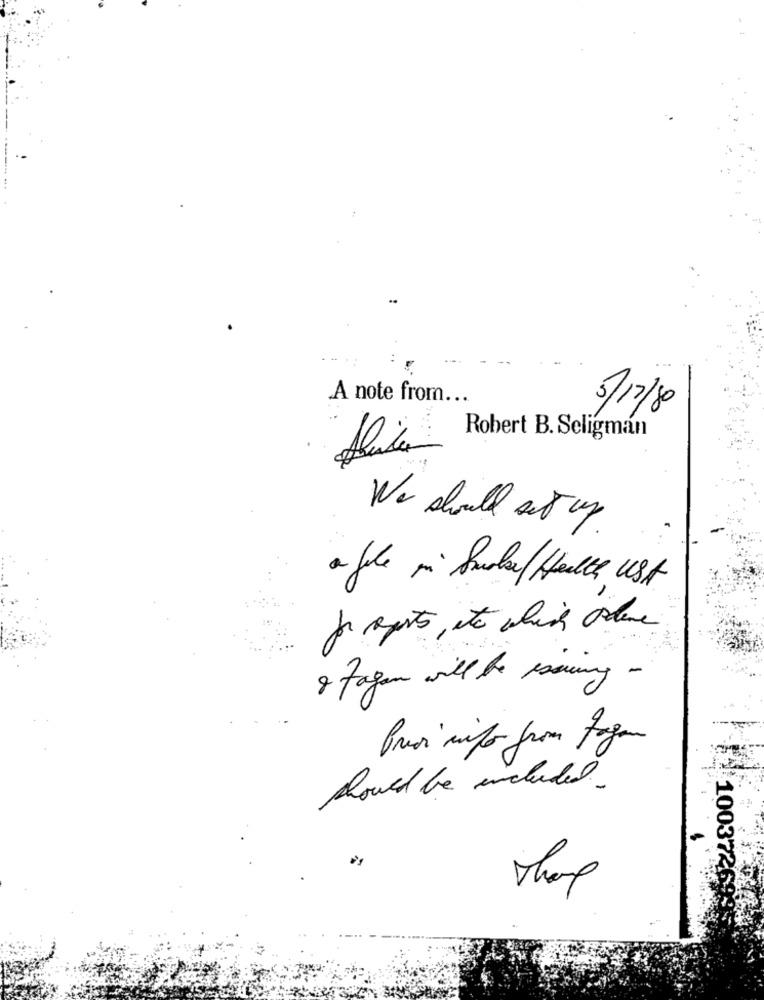
A note from ...
3/17/80
Robert B. Seligman
We should act up
a file mi Sura/ Halle, USA
for reports, ito which alene
& Fagom will be seeing -
Prior info from fagan
should be included.
Thorup
1003726